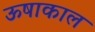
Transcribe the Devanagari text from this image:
ऊषाकाल